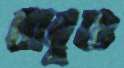
বাবুও